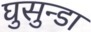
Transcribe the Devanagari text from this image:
घुसुन्डा